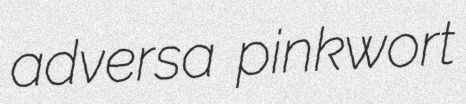
adversa pinkwort